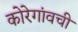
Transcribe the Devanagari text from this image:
कोरेगांवची